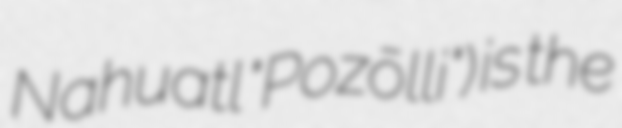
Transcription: Nahuatl "Pozōlli") is the